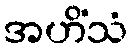
အဟိံသံ